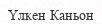
Үлкен Каньон